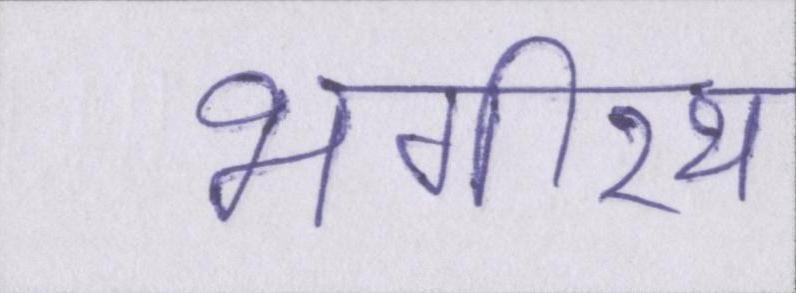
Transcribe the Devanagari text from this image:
भगीरथ